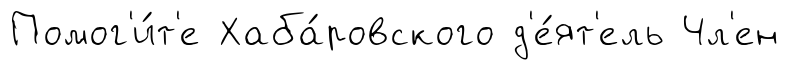
Помог'и́т'е Хаба́ровского д'е́ят'ель Чл'ен